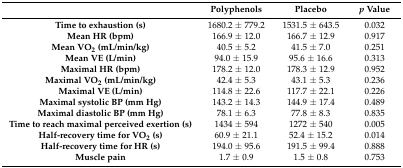
<table><thead><tr><td></td><td><b>Polyphenols</b></td><td><b>Placebo</b></td><td><b><i>p</i> Value</b></td></tr></thead><tbody><tr><td><b>Time to exhaustion (s)</b></td><td>1680.2 ± 779.2</td><td>1531.5 ± 643.5</td><td>0.032</td></tr><tr><td><b>Mean HR (bpm)</b></td><td>166.9 ± 12.0</td><td>166.7 ± 12.9</td><td>0.917</td></tr><tr><td><b>Mean VO<sub>2</sub> (mL/min/kg)</b></td><td>40.5 ± 5.2</td><td>41.5 ± 7.0</td><td>0.251</td></tr><tr><td><b>Mean VE (L/min)</b></td><td>94.0 ± 15.9</td><td>95.6 ± 16.6</td><td>0.313</td></tr><tr><td><b>Maximal HR (bpm)</b></td><td>178.2 ± 12.0</td><td>178.3 ± 12.9</td><td>0.952</td></tr><tr><td><b>Maximal VO<sub>2</sub> (mL/min/kg)</b></td><td>42.4 ± 5.3</td><td>43.1 ± 5.3</td><td>0.236</td></tr><tr><td><b>Maximal VE (L/min)</b></td><td>114.8 ± 22.6</td><td>117.7 ± 22.1</td><td>0.226</td></tr><tr><td><b>Maximal systolic BP (mm Hg)</b></td><td>143.2 ± 14.3</td><td>144.9 ± 17.4</td><td>0.489</td></tr><tr><td><b>Maximal diastolic BP (mm Hg)</b></td><td>78.1 ± 6.3</td><td>77.8 ± 8.3</td><td>0.835</td></tr><tr><td><b>Time to reach maximal perceived exertion (s)</b></td><td>1434 ± 594</td><td>1272 ± 540</td><td>0.005</td></tr><tr><td><b>Half-recovery time for VO<sub>2</sub> (s)</b></td><td>60.9 ± 21.1</td><td>52.4 ± 15.2</td><td>0.014</td></tr><tr><td><b>Half-recovery time for HR (s)</b></td><td>194.0 ± 95.6</td><td>191.5 ± 99.4</td><td>0.888</td></tr><tr><td><b>Muscle pain</b></td><td>1.7 ± 0.9</td><td>1.5 ± 0.8</td><td>0.753</td></tr></tbody></table>